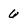
Character: 6